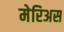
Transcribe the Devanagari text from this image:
मेरिअस